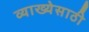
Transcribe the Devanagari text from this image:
व्याख्येसाठी